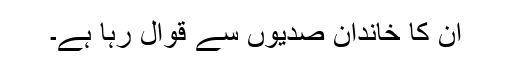
ان کا خاندان صدیوں سے قوال رہا ہے۔